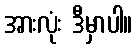
အားလုံး ဒီမှာပါ။